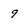
Character: 9